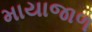
માયાજાળ